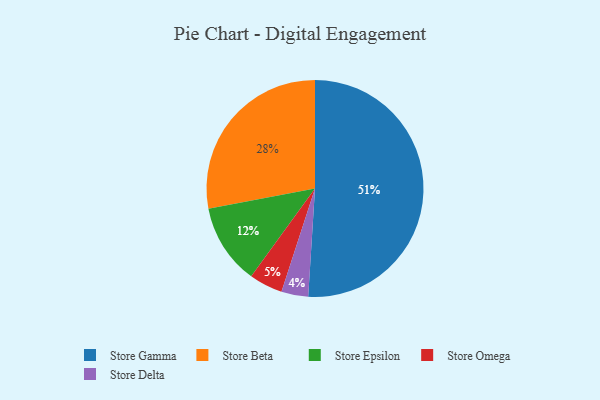
{"axis": {"x": "Category", "y": "Percentage"}, "legend": ["Store Beta", "Store Delta", "Store Epsilon", "Store Gamma", "Store Omega"], "data": [{"x": "Store Beta", "y": 28, "type": "Store Beta"}, {"x": "Store Epsilon", "y": 12, "type": "Store Epsilon"}, {"x": "Store Omega", "y": 5, "type": "Store Omega"}, {"x": "Store Delta", "y": 4, "type": "Store Delta"}, {"x": "Store Gamma", "y": 51, "type": "Store Gamma"}]}